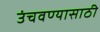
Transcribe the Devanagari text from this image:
उंचवण्यासाठी